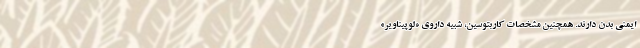
ایمنی بدن دارند. همچنین مشخصات کاربتوسین، شبیه داروی «لوپیناویر»